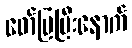
ဖော်ပြပြီးနောက်